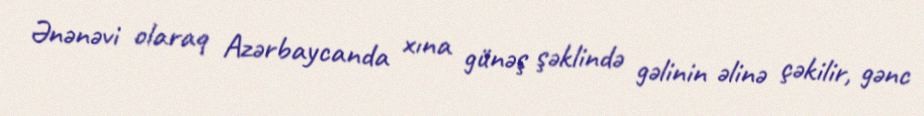
Ənənəvi olaraq Azərbaycanda xına günəş şəklində gəlinin əlinə çəkilir, gənc